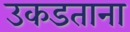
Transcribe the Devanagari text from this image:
उकडताना